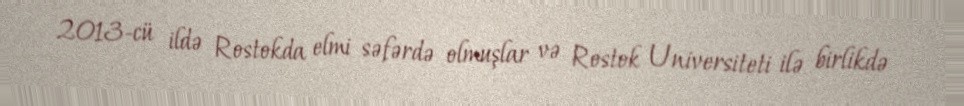
2013-cü ildə Rostokda elmi səfərdə olmuşlar və Rostok Universiteti ilə birlikdə